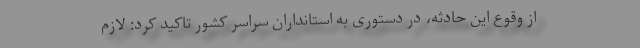
از وقوع این حادثه، در دستوری به استانداران سراسر کشور تاکید کرد: لازم